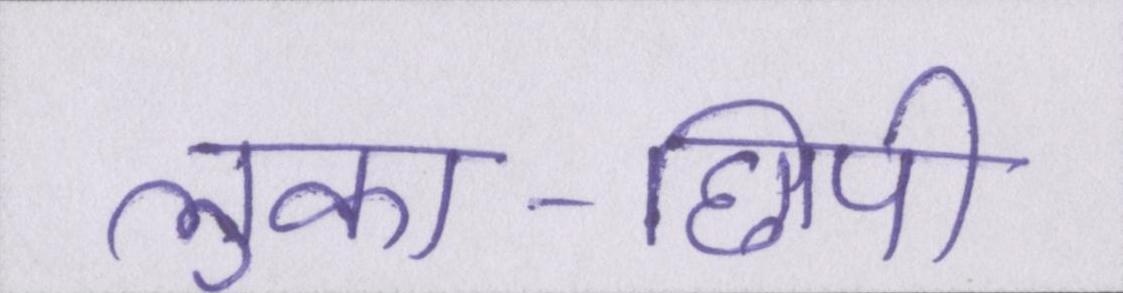
लुका-छिपी